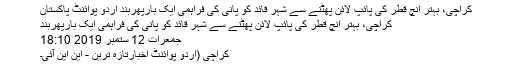
کراچی، بہتر انچ قطر کی پائپ لائن پھٹنے سے شہر قائد کو پانی کی فراہمی ایک بارپھربند اُردو پوائنٹ پاکستان
کراچی، بہتر انچ قطر کی پائپ لائن پھٹنے سے شہر قائد کو پانی کی فراہمی ایک بارپھربند
جمعرات 12 ستمبر 2019 18:10
کراچی (اُردو پوائنٹ اخبارتازہ ترین - این این آئی۔